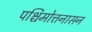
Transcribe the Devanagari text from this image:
पश्चिमोत्तनासन